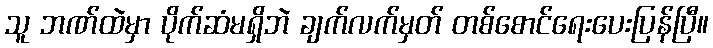
သူ ဘဏ်ထဲမှာ ပိုက်ဆံမရှိဘဲ ချက်လက်မှတ် တစ်စောင်ရေးပေးပြန်ပြီ။